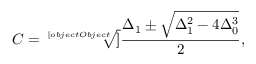
C = { \sqrt [ [object Object] ] { \frac { \Delta _ { 1 } \pm { \sqrt { \Delta _ { 1 } ^ { 2 } - 4 \Delta _ { 0 } ^ { 3 } } } } { 2 } } } ,